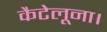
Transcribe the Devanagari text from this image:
कैटेलूना।